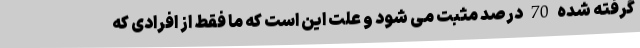
گرفته شده 70 درصد مثبت می شود و علت این است که ما فقط از افرادی که